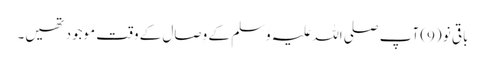
باقی نو (9) آپ صلی اللہ علیہ وَسلم کے وِصال کے وقت موجود تھیں۔